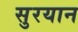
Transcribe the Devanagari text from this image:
सुरयान